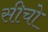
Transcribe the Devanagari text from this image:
सीचो